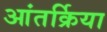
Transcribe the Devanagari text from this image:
आंतर्क्रिया